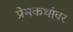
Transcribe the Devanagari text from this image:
प्रेमकथांवर